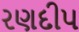
રણદીપ